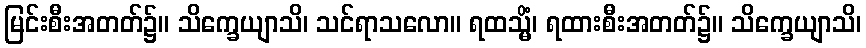
မြင်းစီးအတတ်၌။ သိက္ခေယျာသိ၊ သင်ရာသလော။ ရထသ္မိံ၊ ရထားစီးအတတ်၌။ သိက္ခေယျာသိ၊